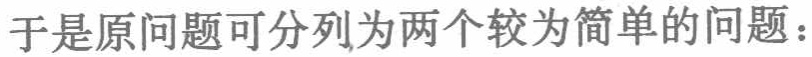
于是原问题可分列为两个较为简单的问题：